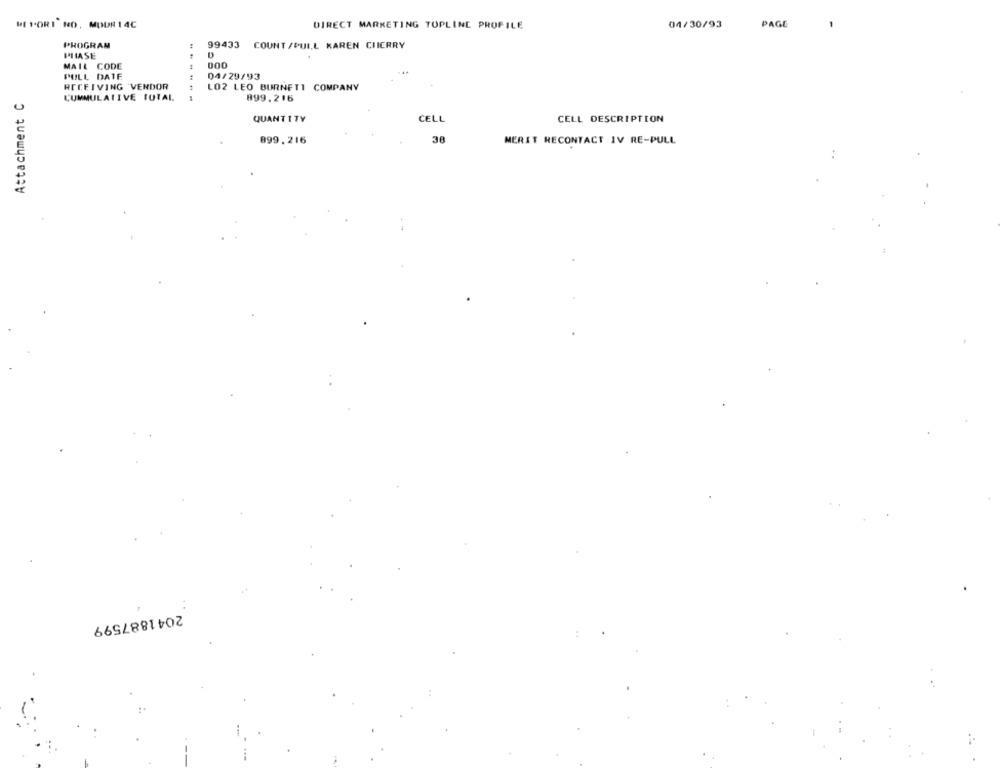
ME PORI NO, MOUR 14C
04/30/93
PAGE
DIRECT MARKETING TOPLINE PROFILE
-
PROGRAM
99433 COUNT /PULL KAREN CHERRY
PHASE
MAIL CODE
PULL DATE
04/29/93
RECEIVING VENDOR
LO2 LEO BURNETT COMPANY
Attachment C
CUMMULATIVE TOTAL
899.216
QUANTITY
CELL
CELL DESCRIPTION
38
899.216
MERIT RECONTACT IV RE-PULL
2041887599